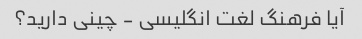
آیا فرهنگ لغت انگلیسی - چینی دارید؟